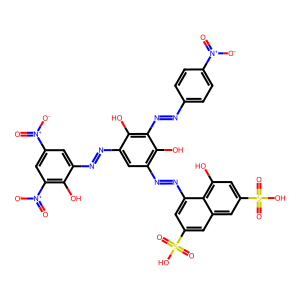
SMILES: O=[N+]([O-])c1ccc(N=Nc2c(O)c(N=Nc3cc([N+](=O)[O-])cc([N+](=O)[O-])c3O)cc(N=Nc3cc(S(=O)(=O)O)cc4cc(S(=O)(=O)O)cc(O)c34)c2O)cc1
Inhibits HIV replication: Yes